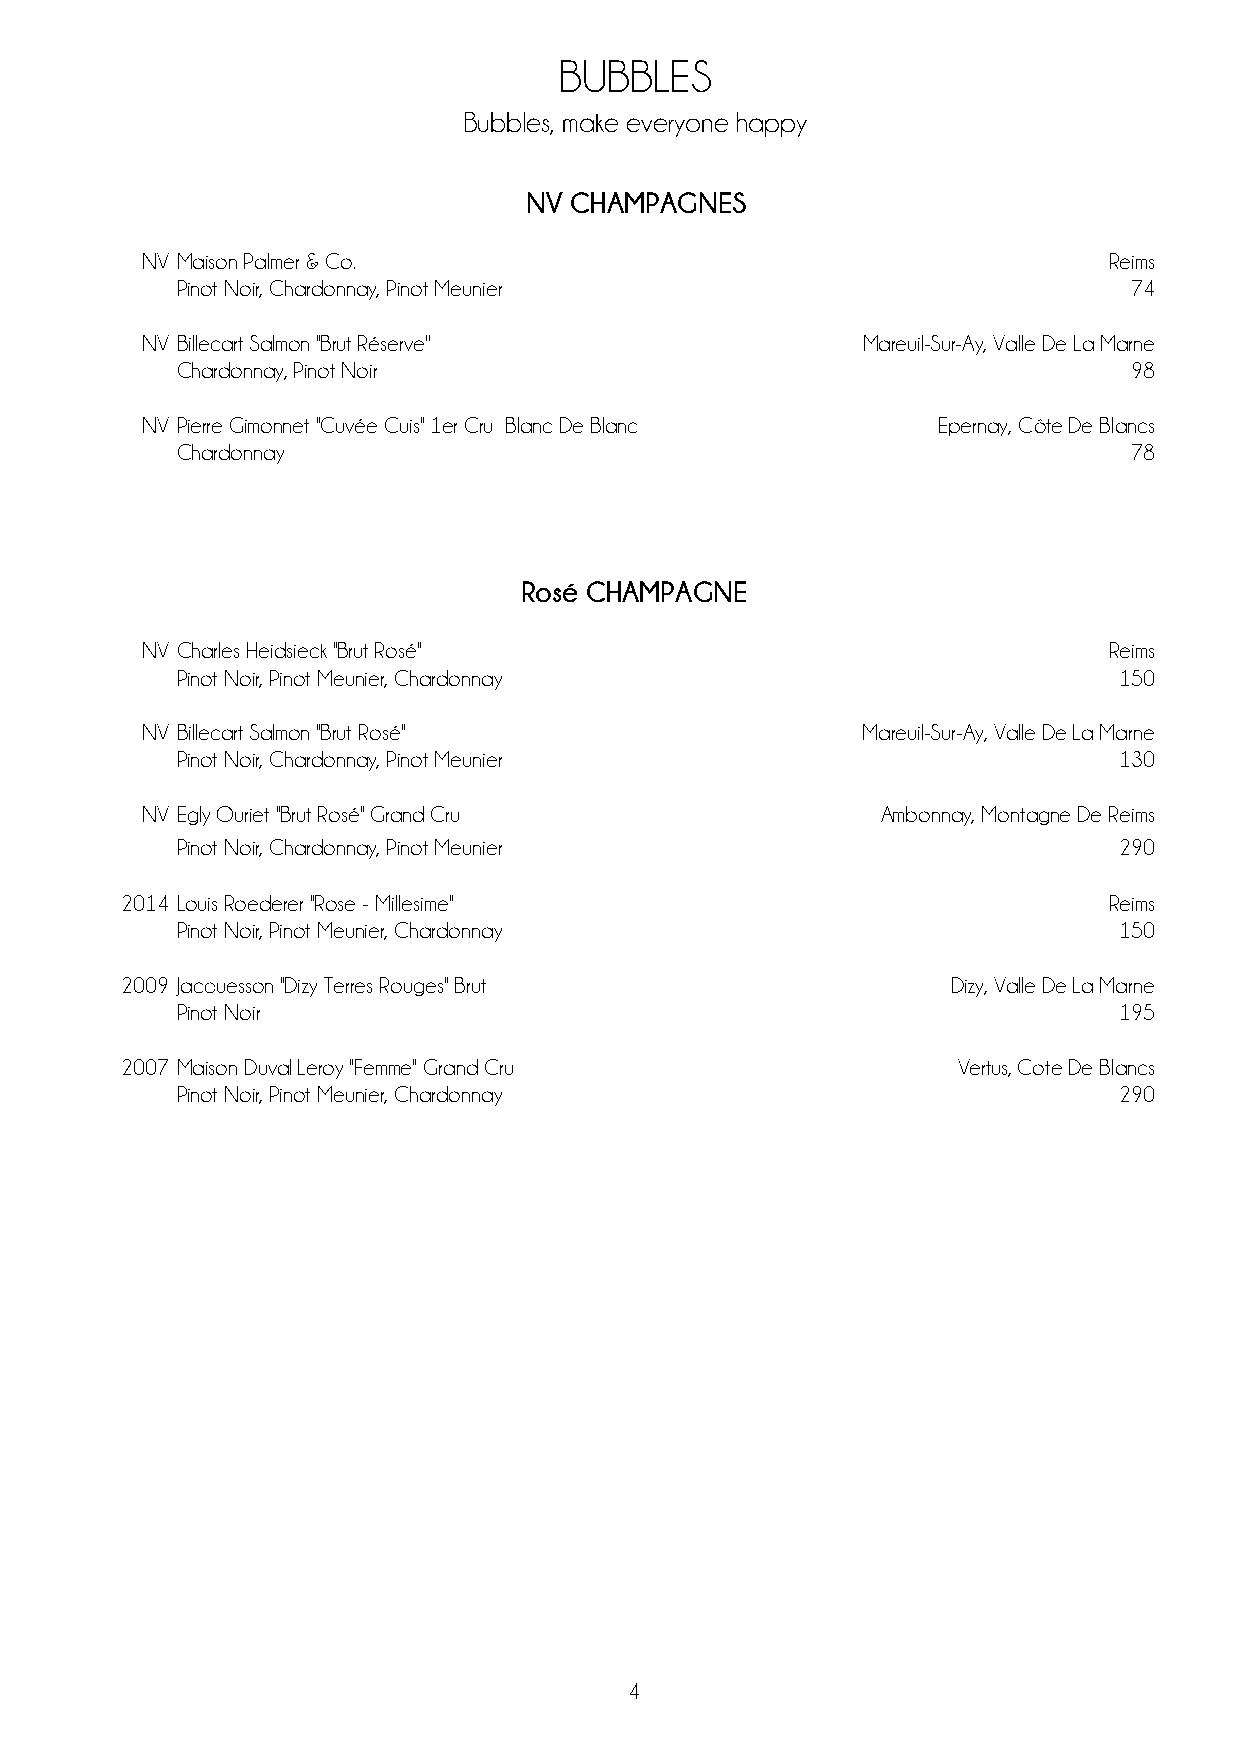
BUBBLES
 Bubbles, make everyone happy
 NV CHAMPAGNES
 NV Maison Palmer & Co.                                          Reims
 Pinot Noir, Chardonnay, Pinot Meunier                          74
 NV Billecart Salmon ''Brut Réserve''            Mareuil-Sur-Ay, Valle De La Marne
 Chardonnay, Pinot Noir                                         98
 NV Pierre Gimonnet ''Cuvée Cuis'' 1er Cru Blanc De Blanc Epernay, Côte De Blancs
 Chardonnay                                                     78
 Rosé CHAMPAGNE
 NV Charles Heidsieck ''Brut Rosé''                              Reims
 Pinot Noir, Pinot Meunier, Chardonnay                         150
 NV Billecart Salmon ''Brut Rosé''               Mareuil-Sur-Ay, Valle De La Marne
 Pinot Noir, Chardonnay, Pinot Meunier                         130
 NV Egly Ouriet ''Brut Rosé'' Grand Cru           Ambonnay, Montagne De Reims
 Pinot Noir, Chardonnay, Pinot Meunier                         290
 2014 Louis Roederer ''Rose - Millesime''                         Reims
 Pinot Noir, Pinot Meunier, Chardonnay                         150
 2009 Jacquesson "Dizy Terres Rouges" Brut              Dizy, Valle De La Marne
 Pinot Noir                                                    195
 2007 Maison Duval Leroy "Femme" Grand Cru              Vertus, Cote De Blancs
 Pinot Noir, Pinot Meunier, Chardonnay                         290
 4